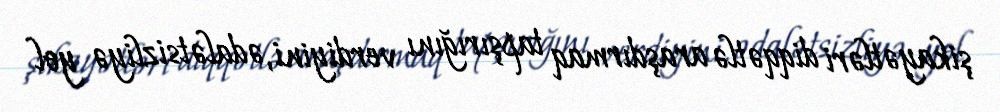
şikayətləri diqqətlə araşdırmaq tapşırığını verdiyini, ədalətsizliyə yol